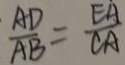
\frac { A D } { A B } = \frac { E A } { C A }